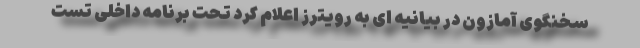
سخنگوی آمازون در بیانیه ای به رویترز اعلام کرد تحت برنامه داخلی تست